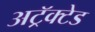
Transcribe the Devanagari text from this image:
अट्रॅक्टेड